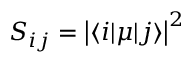
S _ { i j } = \left\lvert \langle i \lvert \mu \lvert j \rangle \right\lvert ^ { 2 }